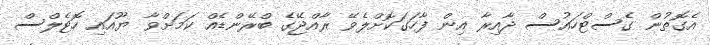
އެގޮތުން ގެސްޓްހައުސް ދާއިރާ އިން ފާހަގަކޮށްލެވޭ ރާއްޖޭގެ ބްރޭންޑެއް ކަމަށްވާ ޔޫއައި ހޮޓެލްސް